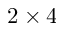
2 \times 4